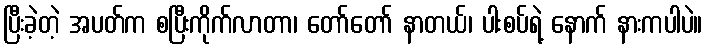
ပြီးခဲ့တဲ့ အပတ်က စပြီးကိုက်လာတာ၊ တော်တော် နာတယ်၊ ပါးစပ်ရဲ့ နောက် နားကပါပဲ။